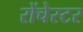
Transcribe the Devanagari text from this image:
रोंचेस्टर